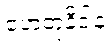
ဟေတုနိဒါနံ